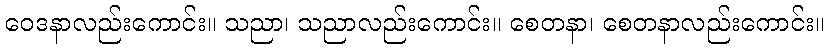
ဝေဒနာလည်းကောင်း။ သညာ၊ သညာလည်းကောင်း။ စေတနာ၊ စေတနာလည်းကောင်း။